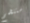
ستنضم